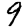
Digit: 9